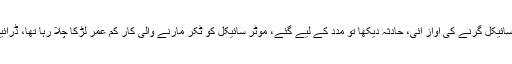
مدعی کا کہنا ہے کہ دوستوں کے ہمراہ ہوٹل پر بیٹھا تھا، موٹر سائیکل گرنے کی آواز آئی، حادثہ دیکھا تو مدد کے لیے گئے، موٹر سائیکل کو ٹکر مارنے والی کار کم عمر لڑکا چلا رہا تھا، ڈرائیور کے گن مین اور شہریوں کے درمیان بحث و مباحثہ ہوتا رہا۔